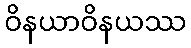
ဝိနယာဝိနယဿ